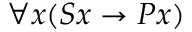
\forall x ( S x \rightarrow P x )